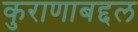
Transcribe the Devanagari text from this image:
कुराणाबद्दल